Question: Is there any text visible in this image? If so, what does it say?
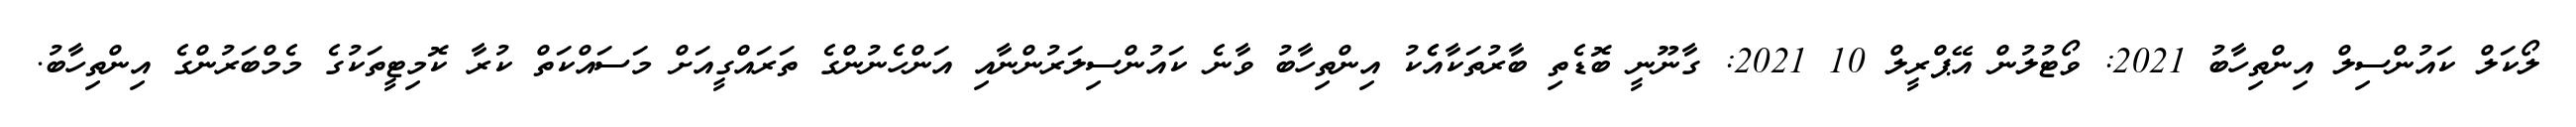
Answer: ލޯކަލް ކައުންސިލް އިންތިހާބު 2021: ވޯޓުލުން އޭޕްރީލް 10 2021: ގާނޫނީ ބޮޑެތި ބާރުތަކާއެެކު އިންތިހާބު ވާނެ ކައުންސިލަރުންނާއި އަންހެނުންގެ ތަރައްގީއަށް މަސައްކަތް ކުރާ ކޮމިޓީތަކުގެ މެމްބަރުންގެ އިންތިހާބު.